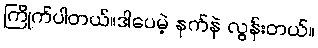
ကြိုက်ပါတယ်။ဒါပေမဲ့ နက်နဲ လွန်းတယ်။